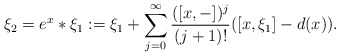
\begin{align*}\xi_2=e^x*\xi_1:=\xi_1+\sum_{j=0}^{\infty}\frac{([x,-])^j}{(j+1)!}([x,\xi_1]-d(x)).\end{align*}